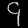
Digit: ၄